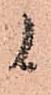
候